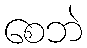
စေဘဲ